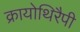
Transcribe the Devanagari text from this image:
क्रायोथिरैपी